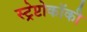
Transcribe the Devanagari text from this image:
स्ट्रेप्टोकॉकी